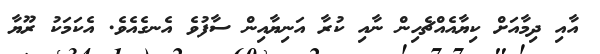
އާއި ދިމާއަށް ކިޔާއެއްޗެހިން ނާއި ކުރާ އަނިޔާއިން ސާފުވެ އެނގެއެވެ. އެކަމަކު ރޫޔާ